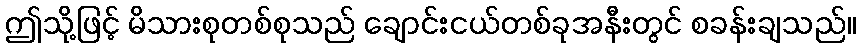
ဤသို့ဖြင့် မိသားစုတစ်စုသည် ချောင်းငယ်တစ်ခုအနီးတွင် စခန်းချသည်။